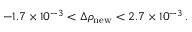
- 1 . 7 \times 1 0 ^ { - 3 } < \Delta \rho _ { \mathrm { n e w } } < 2 . 7 \times 1 0 ^ { - 3 } \, .